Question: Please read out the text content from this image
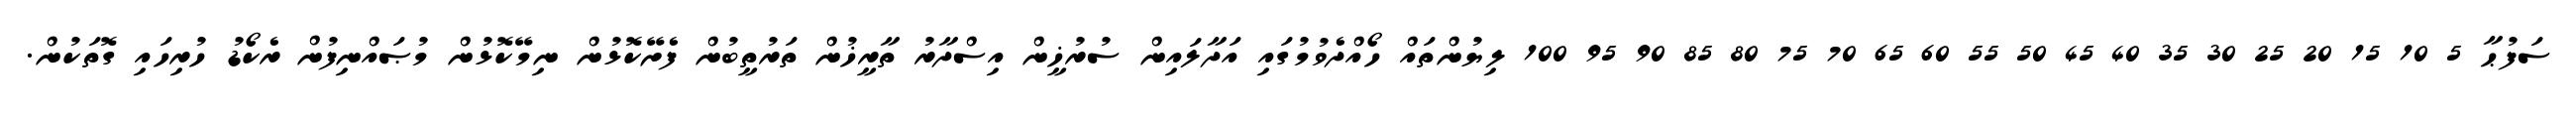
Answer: ސަފުޙާ 5 10 15 20 25 30 35 40 45 50 55 60 65 70 75 80 85 90 95 100 ލިޔުންތައް ހޯއްދެވުމުގައި އަދާލައިން ސުރުޚީން އިސްދާރު ތާރީޚުން ތަރުތީބުން ފެށޭކޮޅުން ނިމޭކޮޅުން މުޞައްނިފުން ރެކޯޑު ހުރިހައި ގޮތަކުން.